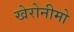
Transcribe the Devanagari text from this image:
खेरोनीमो